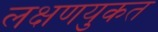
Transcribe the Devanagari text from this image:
लक्षणयुकत